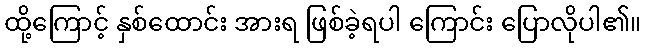
ထို့ကြောင့် နှစ်ထောင်း အားရ ဖြစ်ခဲ့ရပါ ကြောင်း ပြောလိုပါ၏။